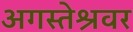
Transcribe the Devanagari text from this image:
अगस्‍तेश्रवर